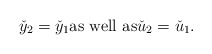
\begin{align*}\check y_2= \check y_1 \mbox{as well as}\check u_2=\check u_1.\end{align*}